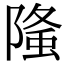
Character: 𨻦